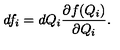
d f _ { i } = d Q _ { i } \frac { \partial f ( Q _ { i } ) } { \partial Q _ { i } } .